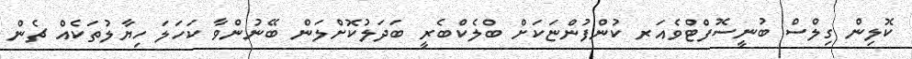
ކޮލިން ގިލްސް ބުނީސޮފްޓްވެއަރ ކުންފުންޏަކަށް ބްލެކްބެރީ ބަދަލުކޮށްލަން ބޭނުންވާ ކަހަލަ ހިޔާލުތަކެއް ޗެން